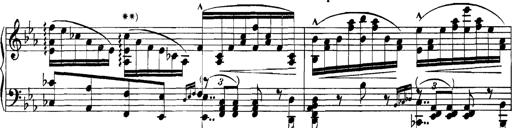
Title: Grandes Etudes
Composer: Franz Liszt